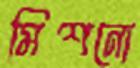
মিশনো